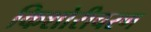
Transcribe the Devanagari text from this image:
किशोरीचरण